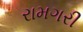
રામગરી